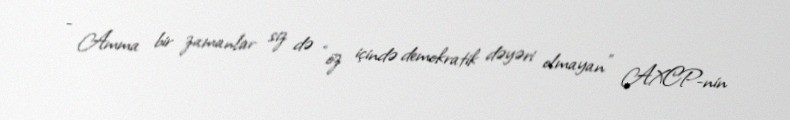
- Amma bir zamanlar siz də “öz içində demokratik dəyəri olmayan” AXCP-nin